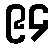
၉၄